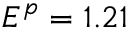
E ^ { p } = 1 . 2 1